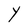
Character: Y